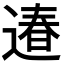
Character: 𨕌